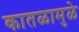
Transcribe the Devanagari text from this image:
कातळामुळे